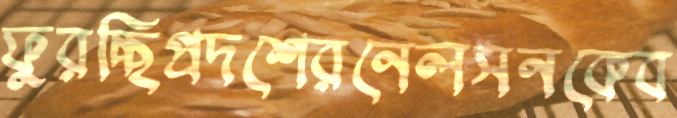
ফুরচ্ছিপ্রদশেরনেলসনকেব